Annual vaccination report of Bihar and Orissa - 1911-1928
Year: 1911
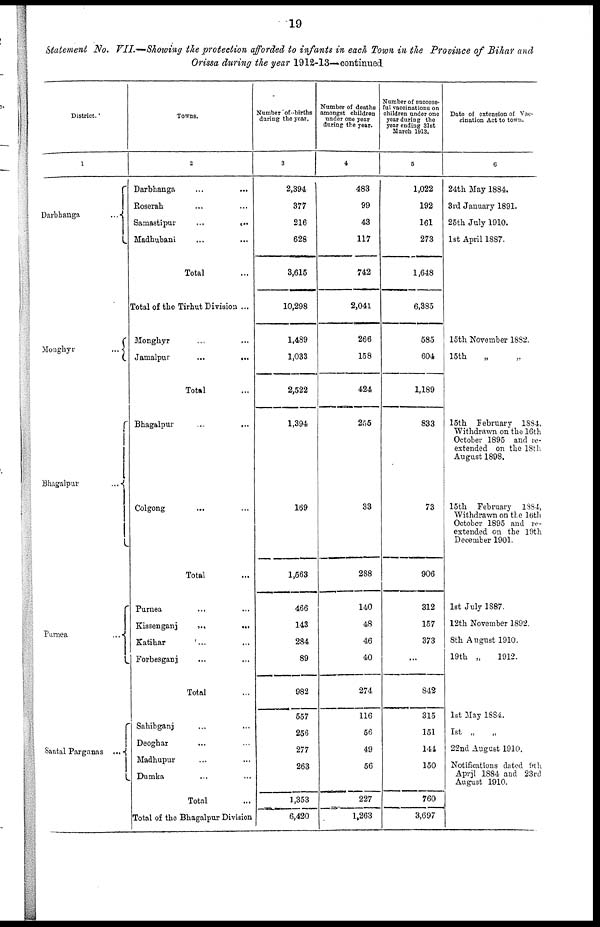
19
Statement No. VII.—Showing the protection afforded to infants in each Town in the Province of Bihar and
Orissa during the year 1912-13—continued.
District.
1
Darbhanga
...
Monghyr
...
Bhagalpur ...
Purnea
...
Santal Parganas ...
Towns.
2
Darbhanga ... ...
Roserah ... ...
Samastipur
...
...
Madhubani ... ...
Total ...
Total of the Tirhut Division ...
Monghyr ... ...
Jamalpur
...
...
Total ...
Bhagalpur ... ...
Colgong ... ...
Total ...
Purnea ... ...
Kissenganj
...
....
Katihar
...
...
Forbesganj ... ...
Total ...
Sahibganj ... ...
Deoghar ... ...
Madhupur ... ...
Dumka ...
Total ...
Total of the Bhagalpur Division
Number of births
during the year.
3
2,394
377
216
628
3,615
10,298
1,489
1,033
2,522
1,394
169
1,563
466
143
284
89
982
557
256
277
263
1,353
6,420
Number of deaths
amongst children
under one year
during the year.
4
483
99
43
117
742
2,041
266
158
424
255
33
288
140
48
46
40
274
116
56
49
56
227
1,263
Number of success-
ful vaccinations on
children under one
year during the
year ending 31st
March 1913.
5
1,022
192
161
273
1,648
6,385
585
604
1,189
833
73
906
312
157
373
...
842
315
151
141
150
760
3,697
Date of extension of Vac-
cination Act to town.
6
24th May 1884.
3rd January 1891.
25th July 1910.
1st April 1887.
15th November 1882.
15th
„
„
15th February 1884.
Withdrawn on the 16th
October 1895 and re¬
extended on the 18th
August 1898.
15th February 1884,
Withdrawn on the 16th
October 1895 and re¬
extended on the 19th
December 1901.
1st July 1887.
12th November 1892.
8th August 1910.
19th „
1912.
1st May 1884.
1st „ „
22nd August 1910.
Notifications dated 9th
April 1884 and 23rd
August 1910.